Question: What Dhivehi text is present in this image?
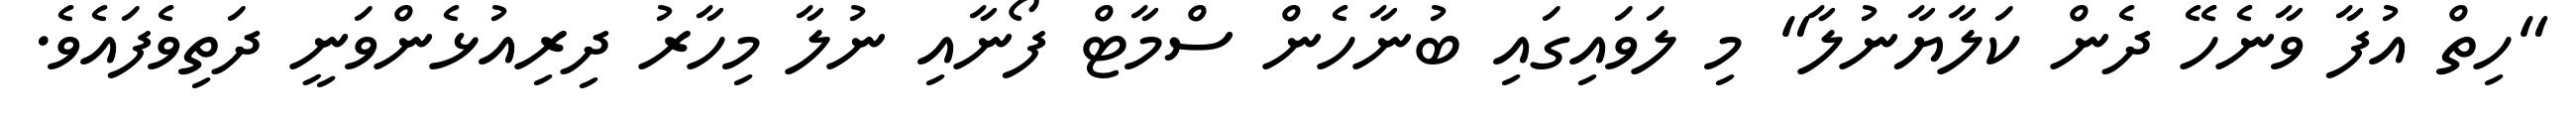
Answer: "ހިތް އުފާ ވާނެހޭ ދެން ކަލާޔާނުލާ" މި ލަވައިގައި ބުނާހެން ސްމާޓް ފޯނާއި ނުލާ މިހާރު ދިރިއުޅެންވަނީ ދަތިވެފައެވެ.